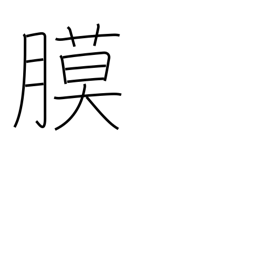
Meaning: membrane